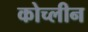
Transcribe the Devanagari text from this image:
कोच्लीन